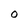
Character: O